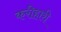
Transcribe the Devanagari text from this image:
करीहारी